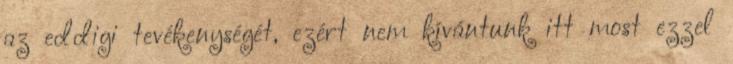
az eddigi tevékenységét, ezért nem kívántunk itt most ezzel